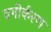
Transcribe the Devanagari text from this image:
वगीर्करण